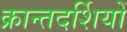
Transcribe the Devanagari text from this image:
क्रान्तदर्शियों